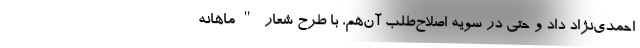
احمدی‌نژاد داد و حتی در سویه اصلاح‌طلب آن‌هم، با طرح شعار "ماهانه